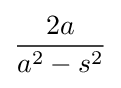
{\frac {2a}{a^{2}-s^{2}}}